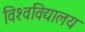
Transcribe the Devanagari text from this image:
विश्‍वविद्यालय